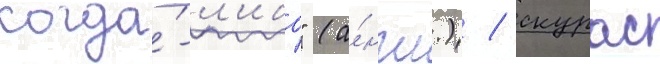
когда́-л'ибо" (а́нгл.) / скурас